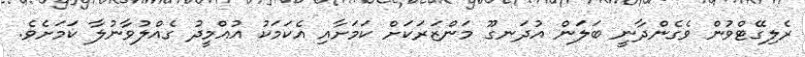
ރެލިގޭޓްވުން ވެގެންދާނީ ބަލަން އުދަނގޫ މަންޒަރަކަށް ކަމަށާއި އެކަމަކު އުއްމީދު ގެއްލުވާނުލާ ކަމަށެވެ.